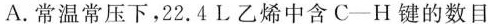
A.常温常压下，22.4L乙烯中含C-H键的数目